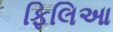
ફિલિઆ